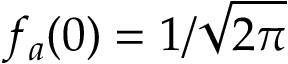
f _ { a } ( 0 ) = 1 / \sqrt { 2 \pi }